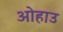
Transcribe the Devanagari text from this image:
ओहाउ